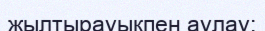
жылтырауықпен аулау;